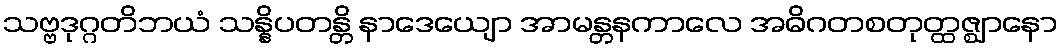
သဗ္ဗဒုဂ္ဂတိဘယံ သန္နိပတန္တိ နာဒေယျော အာမန္တနကာလေ အဓိဂတစတုတ္ထဇ္ဈာနော